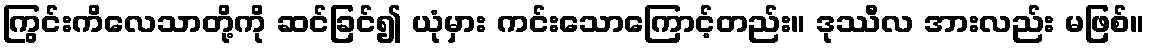
ကြွင်းကိလေသာတို့ကို ဆင်ခြင်၍ ယုံမှား ကင်းသောကြောင့်တည်း။ ဒုဿီလ အားလည်း မဖြစ်။